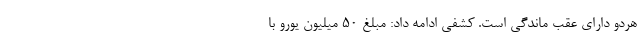
هردو دارای عقب ماندگی است. کشفی ادامه داد: مبلغ ۵۰ میلیون یورو با